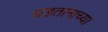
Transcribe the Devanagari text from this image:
घडतानाच्या